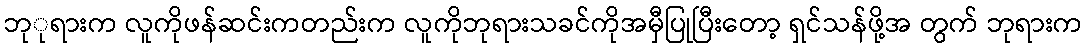
ဘုုရားက လူကိုဖန်ဆင်းကတည်းက လူကိုဘုရားသခင်ကိုအမှီပြုပြီးတော့ ရှင်သန်ဖို့အ တွက် ဘုရားက